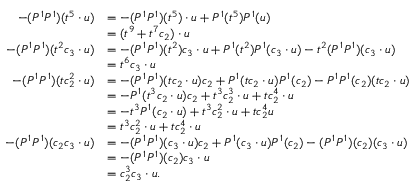
\begin{array} { r l } { - ( P ^ { 1 } P ^ { 1 } ) ( t ^ { 5 } \cdot u ) } & { = - ( P ^ { 1 } P ^ { 1 } ) ( t ^ { 5 } ) \cdot u + P ^ { 1 } ( t ^ { 5 } ) P ^ { 1 } ( u ) } \\ & { = ( t ^ { 9 } + t ^ { 7 } c _ { 2 } ) \cdot u } \\ { - ( P ^ { 1 } P ^ { 1 } ) ( t ^ { 2 } c _ { 3 } \cdot u ) } & { = - ( P ^ { 1 } P ^ { 1 } ) ( t ^ { 2 } ) c _ { 3 } \cdot u + P ^ { 1 } ( t ^ { 2 } ) P ^ { 1 } ( c _ { 3 } \cdot u ) - t ^ { 2 } ( P ^ { 1 } P ^ { 1 } ) ( c _ { 3 } \cdot u ) } \\ & { = t ^ { 6 } c _ { 3 } \cdot u } \\ { - ( P ^ { 1 } P ^ { 1 } ) ( t c _ { 2 } ^ { 2 } \cdot u ) } & { = - ( P ^ { 1 } P ^ { 1 } ) ( t c _ { 2 } \cdot u ) c _ { 2 } + P ^ { 1 } ( t c _ { 2 } \cdot u ) P ^ { 1 } ( c _ { 2 } ) - P ^ { 1 } P ^ { 1 } ( c _ { 2 } ) ( t c _ { 2 } \cdot u ) } \\ & { = - P ^ { 1 } ( t ^ { 3 } c _ { 2 } \cdot u ) c _ { 2 } + t ^ { 3 } c _ { 2 } ^ { 3 } \cdot u + t c _ { 2 } ^ { 4 } \cdot u } \\ & { = - t ^ { 3 } P ^ { 1 } ( c _ { 2 } \cdot u ) + t ^ { 3 } c _ { 2 } ^ { 2 } \cdot u + t c _ { 2 } ^ { 4 } u } \\ & { = t ^ { 3 } c _ { 2 } ^ { 2 } \cdot u + t c _ { 2 } ^ { 4 } \cdot u } \\ { - ( P ^ { 1 } P ^ { 1 } ) ( c _ { 2 } c _ { 3 } \cdot u ) } & { = - ( P ^ { 1 } P ^ { 1 } ) ( c _ { 3 } \cdot u ) c _ { 2 } + P ^ { 1 } ( c _ { 3 } \cdot u ) P ^ { 1 } ( c _ { 2 } ) - ( P ^ { 1 } P ^ { 1 } ) ( c _ { 2 } ) ( c _ { 3 } \cdot u ) } \\ & { = - ( P ^ { 1 } P ^ { 1 } ) ( c _ { 2 } ) c _ { 3 } \cdot u } \\ & { = c _ { 2 } ^ { 3 } c _ { 3 } \cdot u . } \end{array}